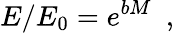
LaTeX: E/E_{0}=e^{bM}\, \, \, ,